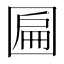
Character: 𱖄